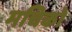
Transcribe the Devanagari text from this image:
मचिको